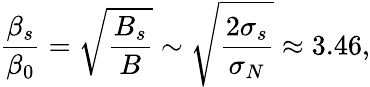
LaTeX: \frac{\beta_{s}}{\beta_{0}}=\sqrt{\frac{B_{s}}{B}}\sim\sqrt{\frac{2\sigma_{s}}{\sigma_{N}}}\approx 3.46,